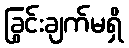
ခြွင်းချက်မရှိ